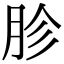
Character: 胗